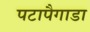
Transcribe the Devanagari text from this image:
पटापैगाडा